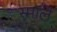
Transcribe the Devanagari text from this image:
स्मॉले